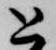
と